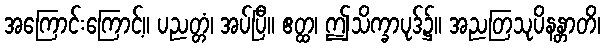
အကြောင်းကြောင့်။ ပညတ္တံ၊ အပ်ပြီ။ ဧတ္ထ၊ ဤသိက္ခာပုဒ်၌။ အညတြသုပိနန္တာတိ၊